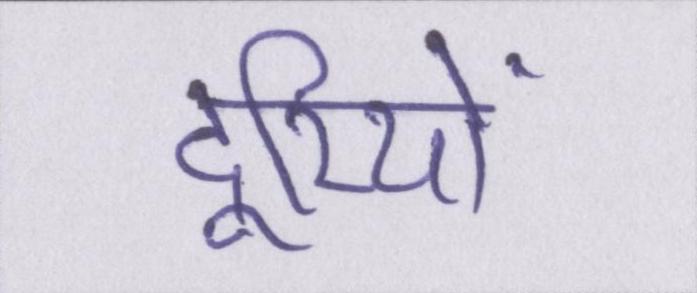
दूरियों